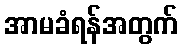
အာမခံရန်အတွက်